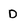
Character: D